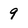
Character: 9